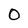
Character: O